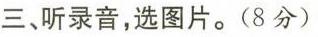
三、听录音，选图片。(8分)